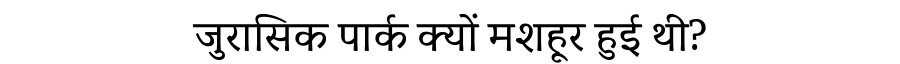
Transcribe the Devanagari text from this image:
जुरासिक पार्क क्यों मशहूर हुई थी?